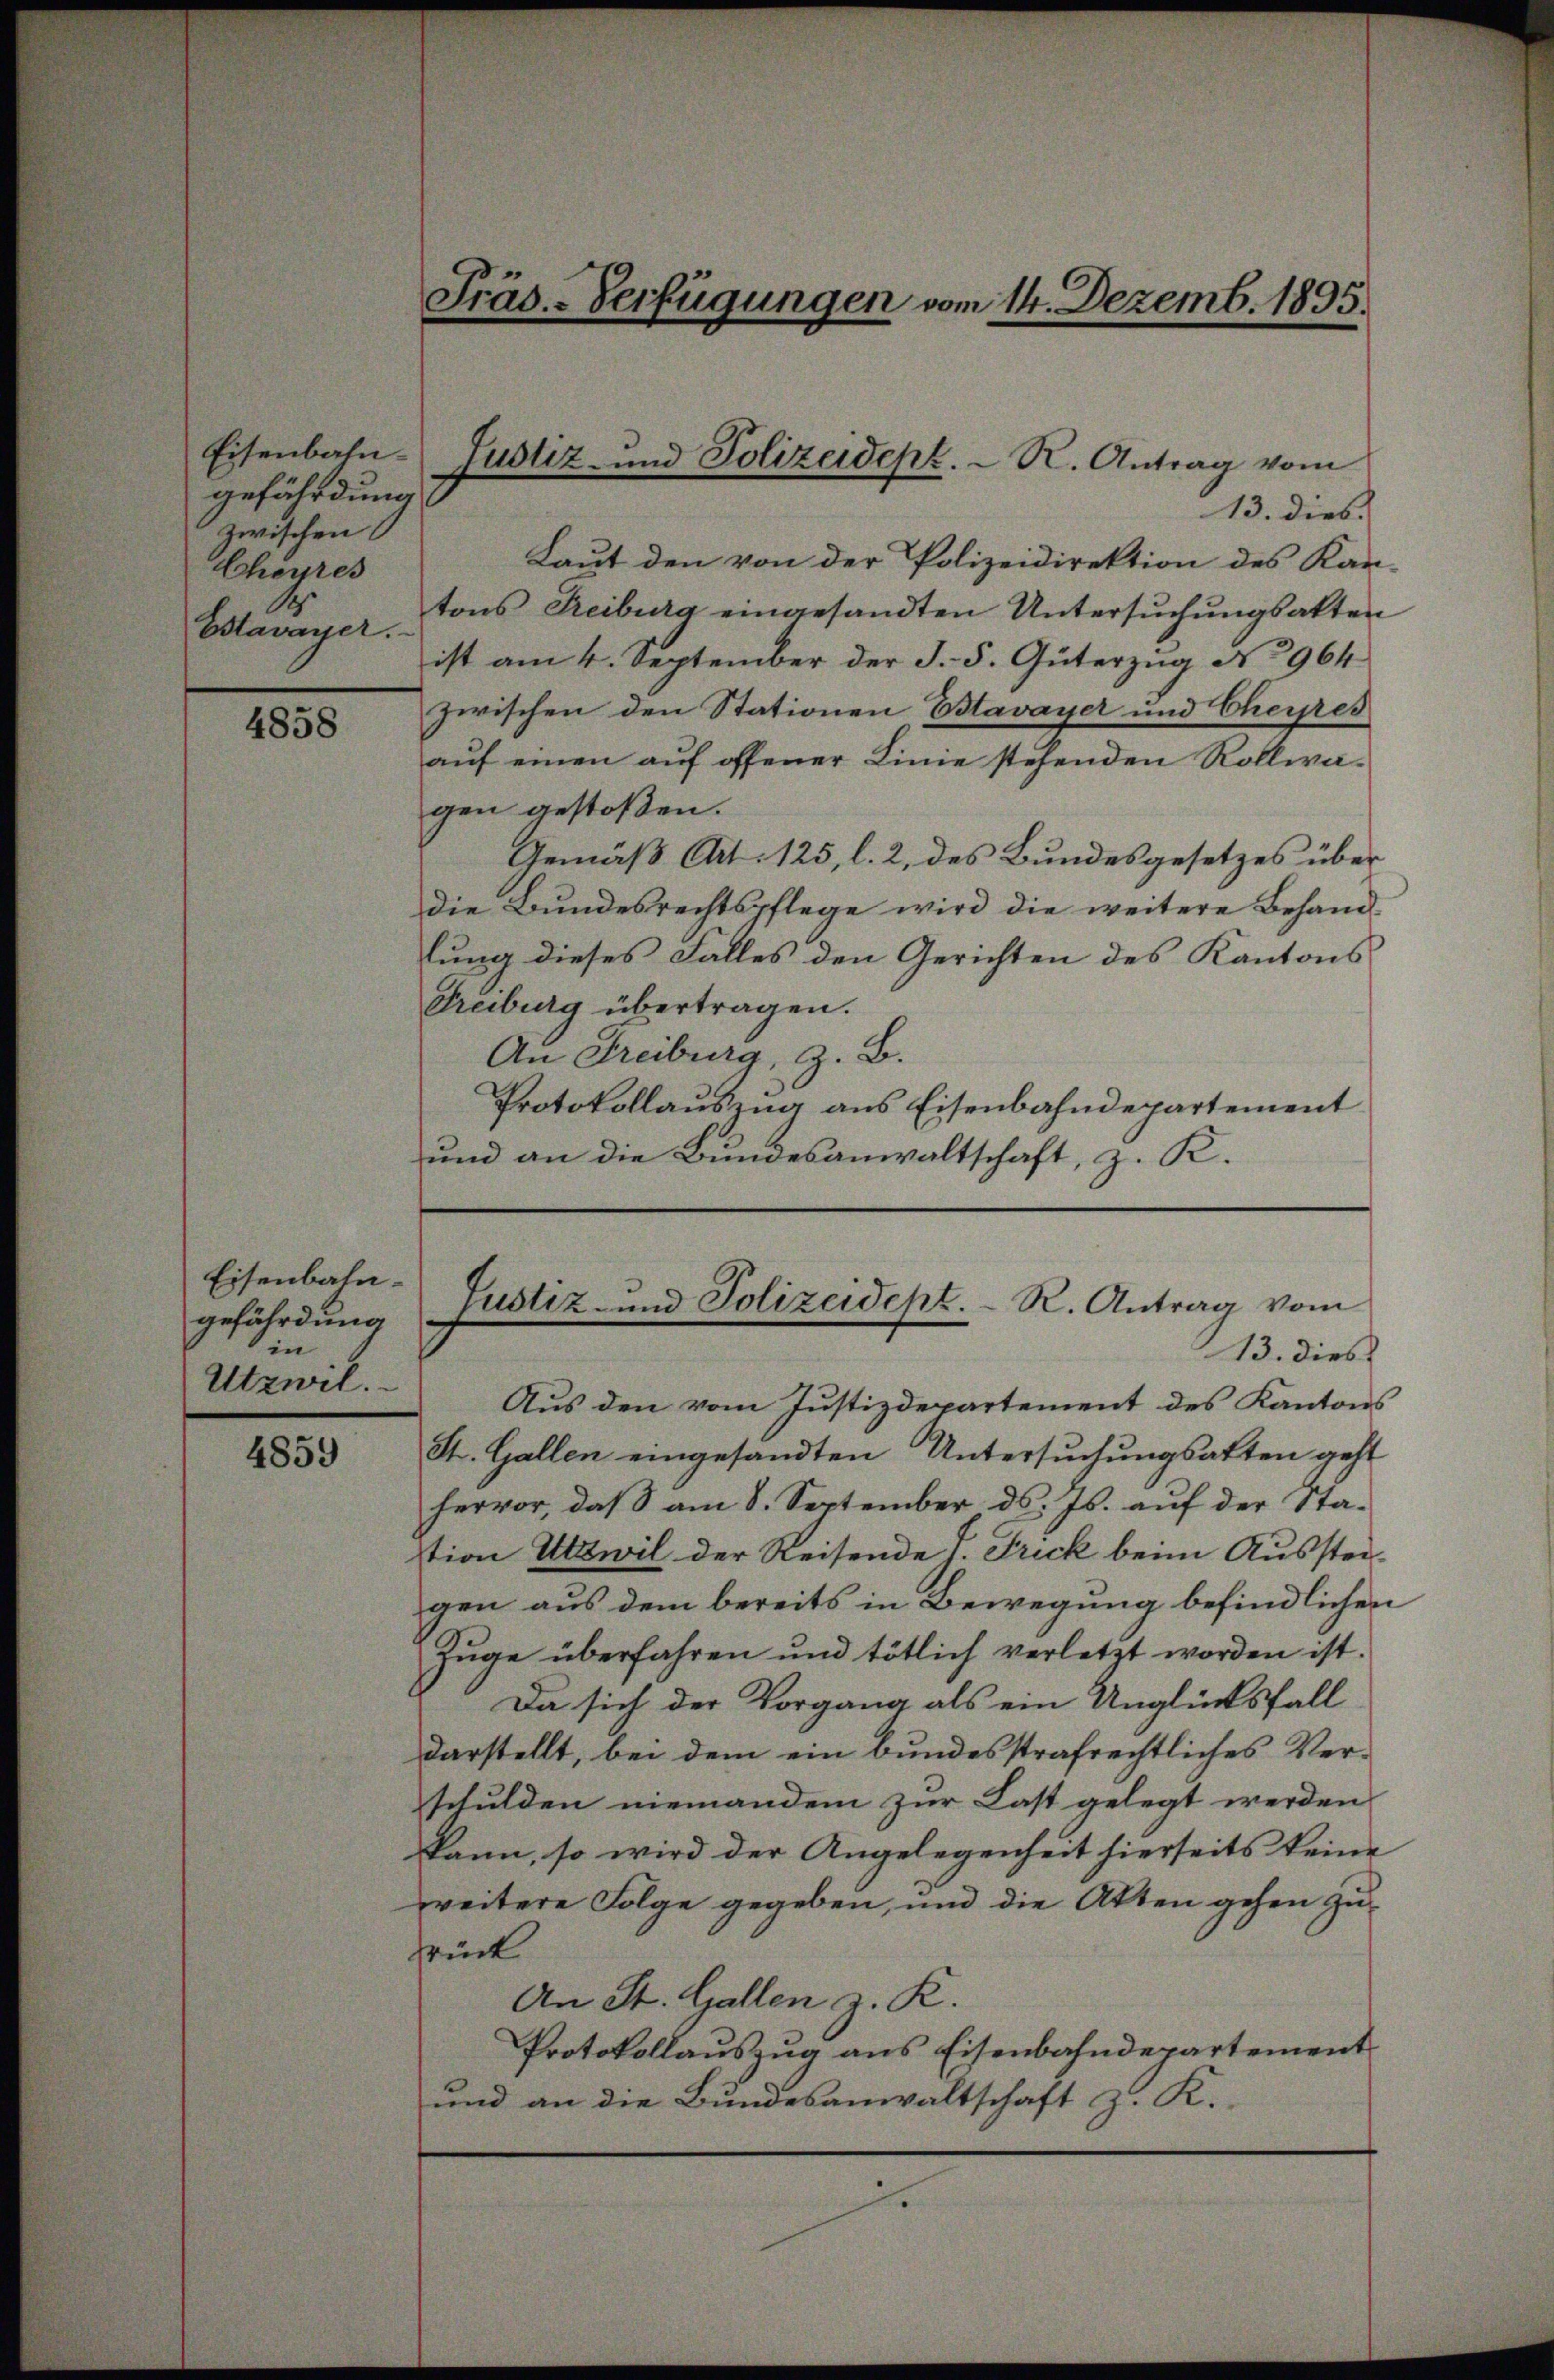
gefährdung
zwischen
Cheures
.
Estavayer.

4858

Eisenbahngefährdung
in
Utzwil.

4859

13. dies
Laut den von der Polizeidirektion des Kan-
tons Freiburg eingesandten Untersŭchŭngsakten
ist am 4. September der J. 5. Güterzug No 964.
zwischen den Stationen Bstavayer und Cheres
aŭf einen aŭf offener Linie stehenden Rollwa-
gen gestoßen.
Gemäß Art. 125, l. 2, des Bundesgesetzes über
Die Bundesrechtspflege wird die weitere Behandlung dieses Falles den Gerichten des Kantons
Freiburg übertragen.
An Freiburg, z. B.
Protokollauszug aus Eisenbahndepartement
und an die Bundesanwaltschaft, z. K.

Präs.-Verfügungen vom 14. Dezemb. 1895.

Eisenbahn- Justiz- und Polizeidept. R. Antrag vom

Justiz- und Polizeidept. R. Antrag vom

Aus den vom Justizdepartement des Kantons
St. Gallen eingesandten Untersŭchŭngsatten geht
hervor, daß am 8. September d. Js. aŭf der Sta-
tion Utzwil der Reisende J. Trick beim Aussteigen aus dem bereits in Bewegung befindlichen
Züge überfahren und tötlich verletzt worden ist.
Da sich der Vorgang als ein Unglücksfall
darstellt, bei dem ein bundesstrafrechtliches Verschulden niemandem zur Last gelegt werden
kann, so wird der Angelegenheit hierseits keine
weitere Folge gegeben, und die Akten gehen zusrück
An St. Gallen z. K.
Protokollauszug aus Eisenbahndepartement
und an die Bundesanwaltschaft z. K.

13. dies

i